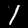
Digit: 1